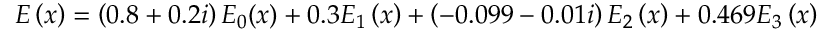
E \left( x \right) = \left( 0 . 8 + 0 . 2 i \right) E _ { 0 } ( x ) + 0 . 3 E _ { 1 } \left( x \right) + \left( - 0 . 0 9 9 - 0 . 0 1 i \right) E _ { 2 } \left( x \right) + 0 . 4 6 9 E _ { 3 } \left( x \right)